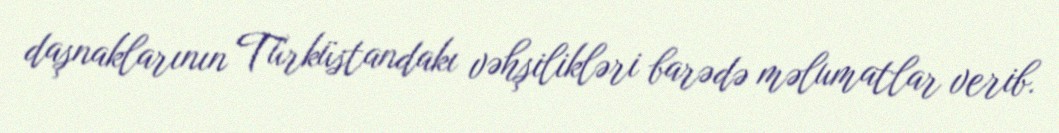
daşnaklarının Türküstandakı vəhşilikləri barədə məlumatlar verib.